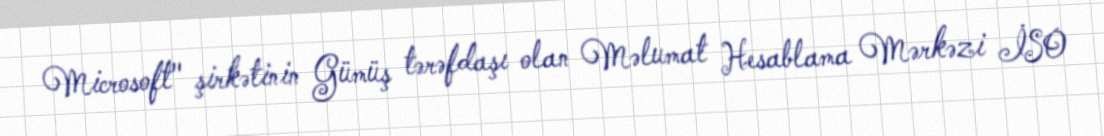
Microsoft" şirkətinin Gümüş tərəfdaşı olan Məlumat Hesablama Mərkəzi İSO